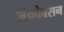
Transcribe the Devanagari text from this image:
जॅकोबसन